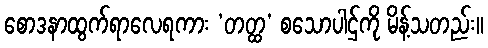
စောဒနာထွက်ရာလေရကား ‘တတ္ထ’ စသောပါဌ်ကို မိန့်သတည်း။